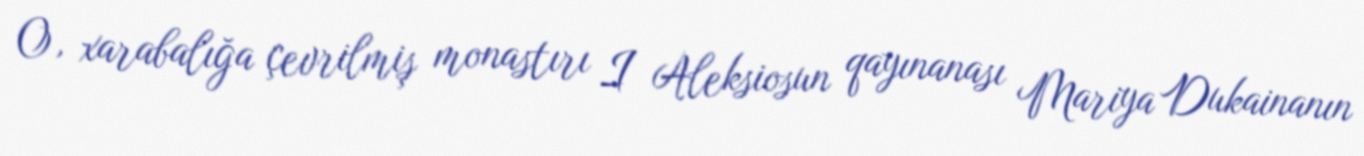
O, xarabalığa çevrilmiş monastırı I Aleksiosun qayınanası Mariya Dukainanın